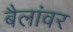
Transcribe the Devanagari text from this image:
बैलांवर